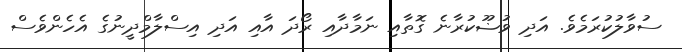
ސުވާލުކުރަމެވެ. އަދި ވުޟޫކުރާނެ ގޮތާއި ނަމާދާއި ރޯދަ އާއި އަދި އިސްލާމްދީނުގެ އެހެންވެސް